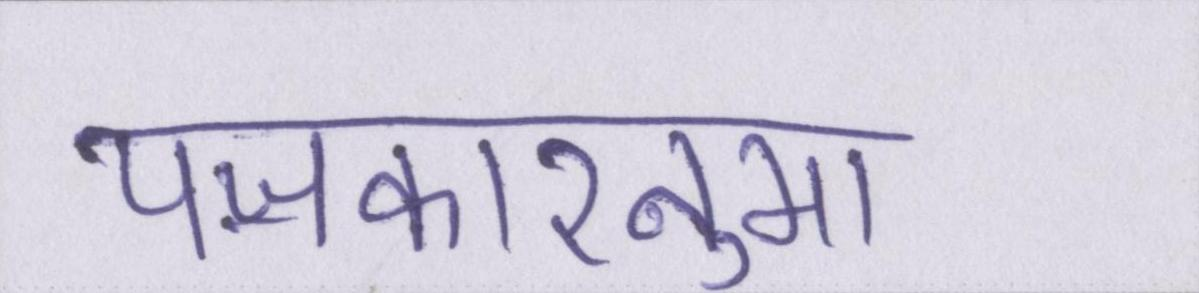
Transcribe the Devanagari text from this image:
पॼकारनुमा